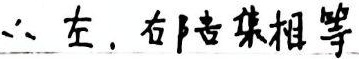
∴ 左，右陪集相等。